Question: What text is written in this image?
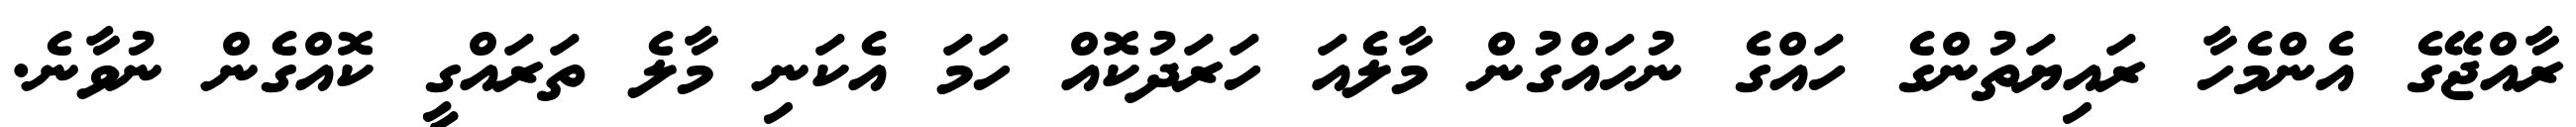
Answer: ރާއްޖޭގެ އެންމެހާ ރައިޔަތުންގެ ހައްގެ ނުހައްގުން މާލެއަ ހަރަދުކޮއް ހަމަ އެކަނި މާލެ ތަރައްގީ ކޮއްގެން ނުވާނެ.